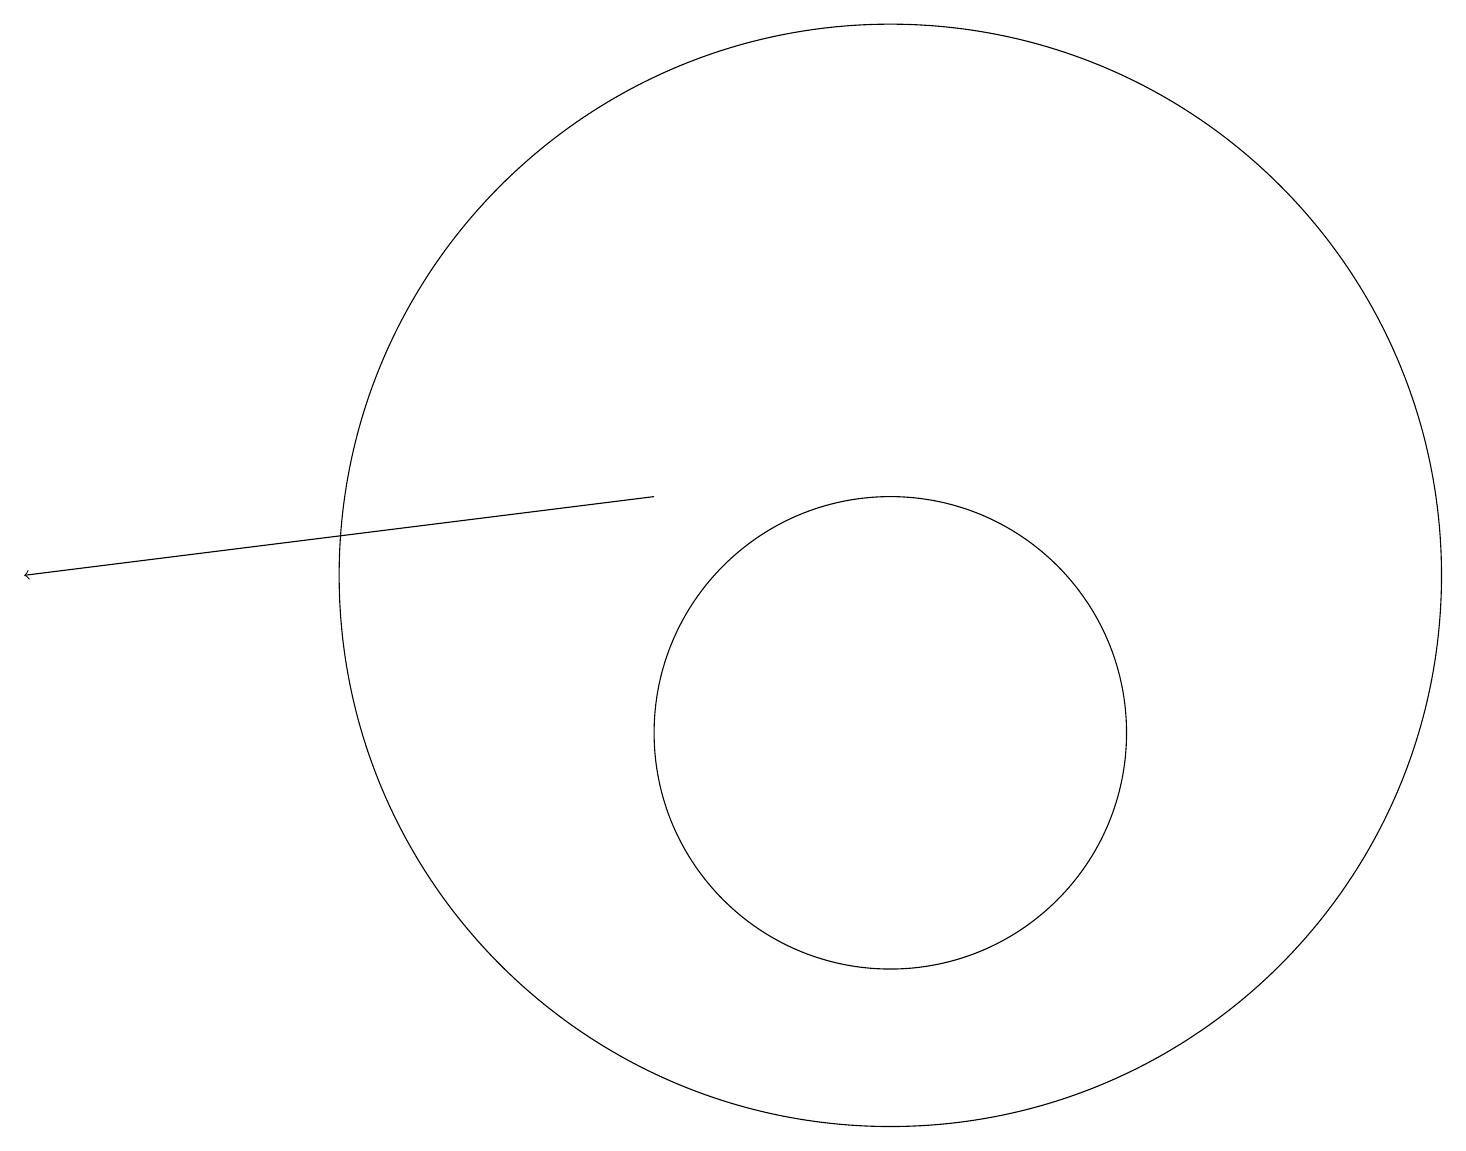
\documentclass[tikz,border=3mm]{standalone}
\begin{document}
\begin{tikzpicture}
\draw (11,10) circle (3);
\draw (11,12) circle (7);
\draw (10,10) circle (0);
\draw[->] (8,13) -- (0,12);
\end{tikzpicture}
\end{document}